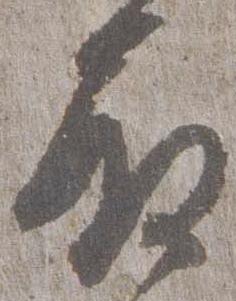
殿